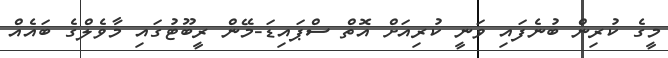
މީގެ ކުރިން ބުނެފައި ވަނީ ކުރިއަށް އޮތް ސްޕައިޑަ-މޭން ރީބޫޓުގައި މާވެލްގެ ބައެއް